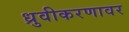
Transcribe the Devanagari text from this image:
ध्रुवीकरणावर